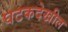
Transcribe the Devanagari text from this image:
घटकदेखील